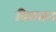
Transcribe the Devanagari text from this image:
विवसन